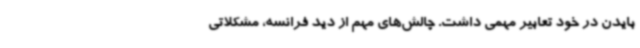
بایدن در خود تعابیر مهمی داشت. چالش‌های مهم از دید فرانسه، مشکلاتی